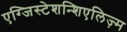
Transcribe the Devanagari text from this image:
एग्जिस्टेशन्शिएलिज़्म